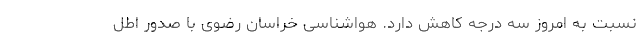
نسبت به امروز سه درجه کاهش دارد. هواشناسی خراسان رضوی با صدور اطل